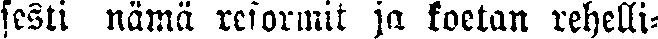
sesti nämä reformit ja koetan rehelli-